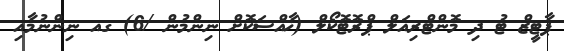
ޕާޓީޒް ޓު ދި މޮންޓްރިއަލް ޕްރޮޓޮކޯލް (ޚާއްސަކޮށް ނިންމުން /6) ގއ ނިންނުމާއި